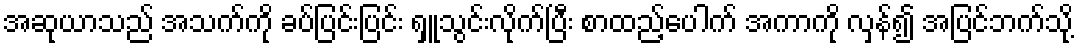
အဆုယာသည် အသက်ကို ခပ်ပြင်းပြင်း ရှူသွင်းလိုက်ပြီး စာထည့်ပေါက် အကာကို လှန်၍ အပြင်ဘက်သို့